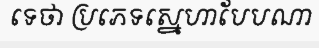
ទេថា ប្រភេទស្នេហាបែបណា